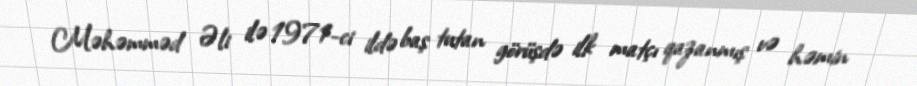
Məhəmməd Əli ilə 1971-ci ildə baş tutan görüşdə ilk matçı qazanmış və həmin